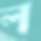
ল